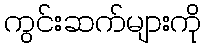
ကွင်းဆက်များကို